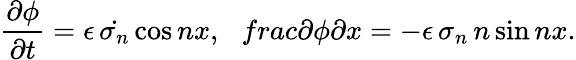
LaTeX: \frac{\partial\phi}{\partial t}=\epsilon\, \dot{\sigma_{n}}\cos nx,\ \ \, frac{\partial\phi}{\partial x}=-\epsilon\, \sigma_{n}\, n\sin nx.